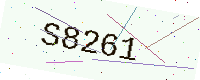
Text: S8261